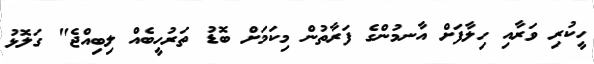
ހީކުރި ވަރާއި ހިލާފަށް އާނމުންގެ ފަރާތުން މިކަމަށް ބޮޑު ތަރުހީބެއް ލިބިއްޖެ" ގަލޮޅު